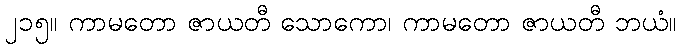
၂၁၅။ ကာမတော ဇာယတီ သောကော၊ ကာမတော ဇာယတီ ဘယံ။